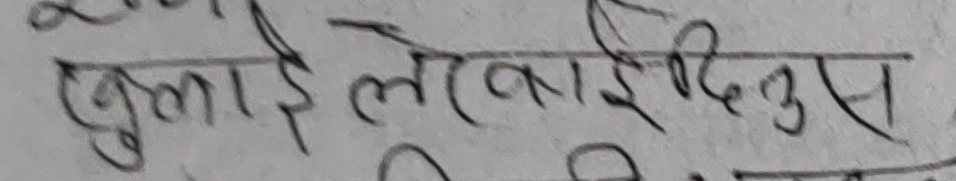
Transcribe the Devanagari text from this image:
खुलाई लेखाई दिनुस्